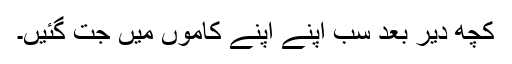
کچھ دیر بعد سب اپنے اپنے کاموں میں جت گئیں۔